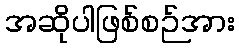
အဆိုပါဖြစ်စဉ်အား